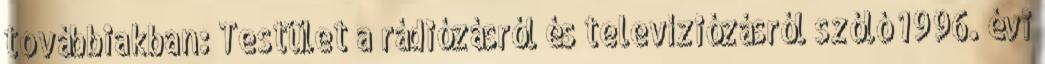
továbbiakban: Testület a rádiózásról és televíziózásról szóló 1996. évi